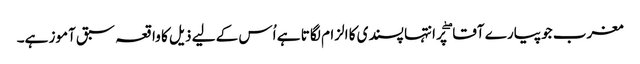
مغرب جو پیارے آقا ۖ پر انتہا پسندی کا الزام لگا تا ہے اُس کے لیے ذیل کا واقعہ سبق آموز ہے۔